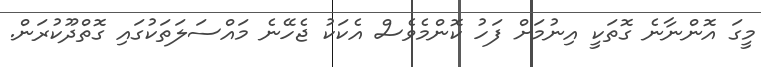
މީގަ އޮންނާނެ ގޮތަކީ އިނުމަށް ފަހު ކޮންމެވެސް އެކަކު ޖެހޭނެ މައްސަލަތަކުގައި ގޮތްދޫކުރަން.